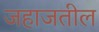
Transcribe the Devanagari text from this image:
जहाजतील